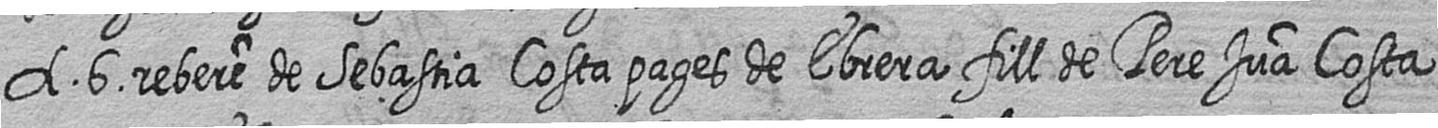
A 6 rebere de Sebastia Costa pages de Ebrera fill de Pere Jua Costa